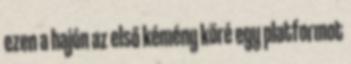
ezen a hajón az első kémény köré egy platformot